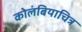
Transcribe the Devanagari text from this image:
कोलंबियाचित्र